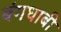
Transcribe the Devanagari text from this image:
बंगधाबी